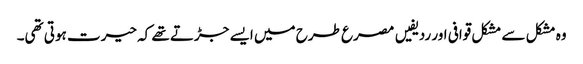
وہ مشکل سے مشکل قوافی اور ردیفیں مصرع طرح میں ایسے جڑتے تھے کہ حیرت ہوتی تھی۔